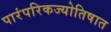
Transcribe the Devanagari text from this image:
पारंपरिकज्योतिषात